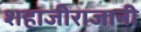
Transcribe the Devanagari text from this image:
शहाजीराजानी